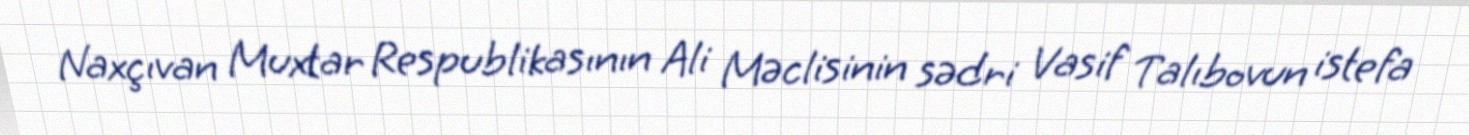
Naxçıvan Muxtar Respublikasının Ali Məclisinin sədri Vasif Talıbovun istefa